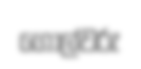
ගෝල්වරු